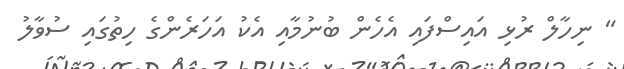
" ނިހާލް ރުޅި އައިސްފައި އެހެން ބުނުމާއި އެކު އަހަރެންގެ ހިތުގައި ސުވާލު